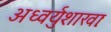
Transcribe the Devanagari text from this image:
अध्वर्युशाखाः